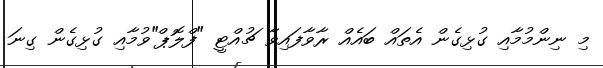
މި ނިންމުމާއި ގުޅިގެން އެތައް ބައެއް ރާވާފައިވާ ޗުއްޓީ "ފްލޮޕް"ވުމާއި ގުޅިގެން ގިނަ